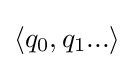
\langle q_{0},q_{1}...\rangle